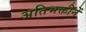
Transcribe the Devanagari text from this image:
अतिभक्तीनें